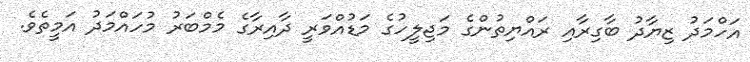
އަހްމަދު ޒިޔާދު ބާގިރާއި ރައްޔިތުންގެ މަޖިލީހުގެ މަޑުއްވަރީ ދާއިރާގެ މެމްބަރު މުހައްމަދު އަމީތެވެ.